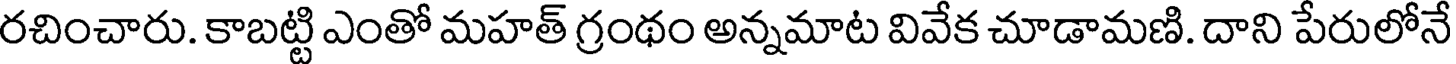
రచించారు. కాబట్టి ఎంతో మహత్ గ్రంథం అన్నమాట వివేక చూడామణి. దాని పేరులోనే